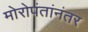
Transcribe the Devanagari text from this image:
मोरोपंतांनंतर